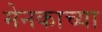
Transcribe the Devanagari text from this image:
मेनकाच्या